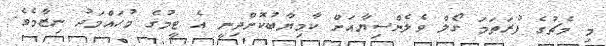
މި މެޗުގެ ފުރަތަމަ ގޯލް ވެލެންސިޔާއަށް ކާމިޔާބުކޮށްދިނީ އެ ޓީމުގެ މުހައްމަދު ނިޒާމެވެ.